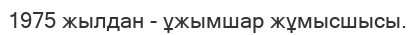
1975 жылдан - ұжымшар жұмысшысы.